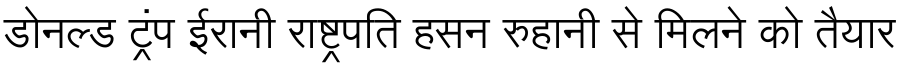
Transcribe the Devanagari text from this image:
डोनल्ड ट्रंप ईरानी राष्ट्रपति हसन रुहानी से मिलने को तैयार